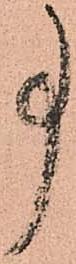
事